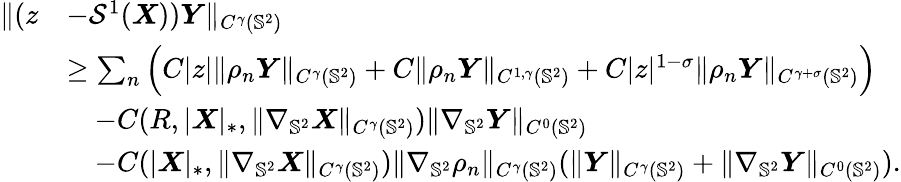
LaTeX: \begin{array}{rl}{\| (z}&{-\mathcal{S}^{1}(\boldsymbol{X}))\boldsymbol{Y}\| _{C^{\gamma}(\mathbb{S}^{2})}}\\ &{\geq\sum_{n}\Big(C|z|\| \rho_{n}\boldsymbol{Y}\| _{C^{\gamma}(\mathbb{S}^{2})}+C\| \rho_{n}\boldsymbol{Y}\| _{C^{1,\gamma}(\mathbb{S}^{2})}+C|z|^{1-\sigma}\| \rho_{n}\boldsymbol{Y}\| _{C^{\gamma+\sigma}(\mathbb{S}^{2})}\Big)}\\ &{\quad-C(R,|\boldsymbol{X}|_{*},\| \nabla_{\mathbb{S}^{2}}\boldsymbol{X}\| _{C^{\gamma}({\mathbb{S}^{2}})})\| \nabla_{\mathbb{S}^{2}}\boldsymbol{Y}\| _{C^{0}(\mathbb{S}^{2})}}\\ &{\quad-C(|\boldsymbol{X}|_{*},\| \nabla_{\mathbb{S}^{2}}\boldsymbol{X}\| _{C^{\gamma}(\mathbb{S}^{2})})\| \nabla_{\mathbb{S}^{2}}\rho_{n}\| _{C^{\gamma}(\mathbb{S}^{2})}(\| \boldsymbol{Y}\| _{C^{\gamma}(\mathbb{S}^{2})}+\| \nabla_{\mathbb{S}^{2}}\boldsymbol{Y}\| _{C^{0}(\mathbb{S}^{2})}).}\end{array}